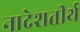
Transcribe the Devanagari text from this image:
नादेशतीर्थ